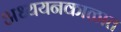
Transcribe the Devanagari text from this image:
अध्ययनकाळात